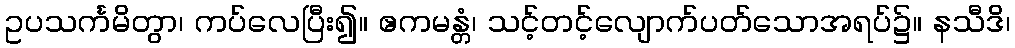
ဥပသင်္ကမိတွာ၊ ကပ်လေပြီး၍။ ဧကမန္တံ၊ သင့်တင့်လျောက်ပတ်သောအရပ်၌။ နသီဒိ၊